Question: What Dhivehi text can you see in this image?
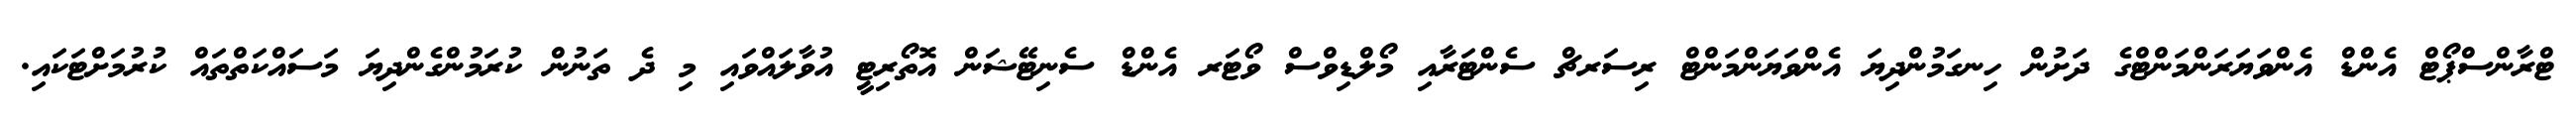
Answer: ޓްރާންސްޕޯޓް އެންޑް އެންވަޔަރަންމަންޓްގެ ދަށުން ހިނގަމުންދިޔަ އެންވަޔަންމަންޓް ރިސަރޗް ސެންޓަރާއި މޯލްޑިވްސް ވޯޓަރ އެންޑް ސެނިޓޭޝަން އޮތޯރިޓީ އުވާލައްވައި މި ދެ ތަނުން ކުރަމުންގެންދިޔަ މަސައްކަތްތައް ކުރުމަށްޓަކައި.